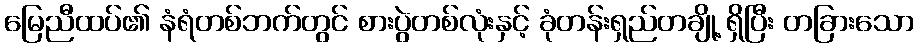
မြေညီထပ်၏ နံရံတစ်ဘက်တွင် စားပွဲတစ်လုံးနှင့် ခုံတန်းရှည်တချို့ ရှိပြီး တခြားသော